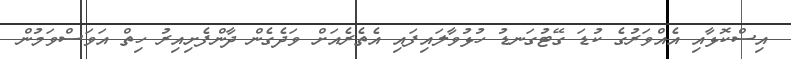
އިސްކޮޅާއި އެއްވަރުގެ ކުޑަ ގޭޓުގަނޑު ހުޅުވާލައިފައި އެތެރެއަށް ވަދެގެން ދާންފެށިއިރު ހިތް އަވަސްވަމުން